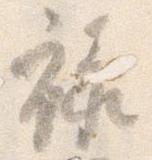
禄